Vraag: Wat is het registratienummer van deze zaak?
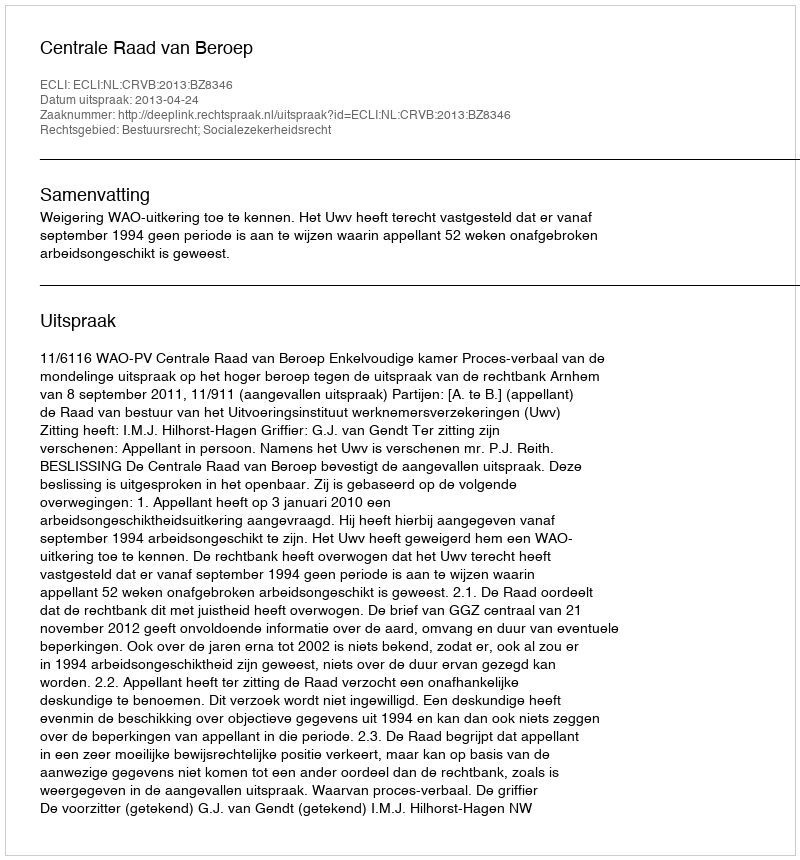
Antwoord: http://deeplink.rechtspraak.nl/uitspraak?id=ECLI:NL:CRVB:2013:BZ8346